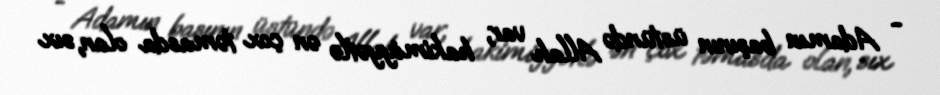
- Adamın başının üstündə Allah var, hakimiyyətlə ən çox təmasda olan, sıx